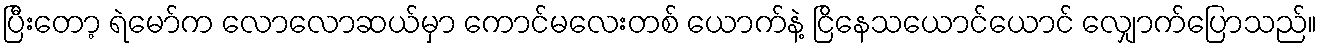
ပြီးတော့ ရဲမော်က လောလောဆယ်မှာ ကောင်မလေးတစ် ယောက်နဲ့ ငြိနေသယောင်ယောင် လျှောက်ပြောသည်။